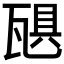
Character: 𪼻